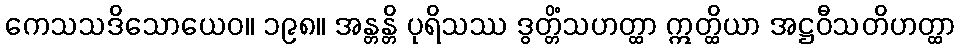
ကေသသဒိသောယေဝ။ ၁၉၈။ အန္တန္တိ ပုရိသဿ ဒွတ္တိံသဟတ္ထာ ဣတ္ထိယာ အဋ္ဌဝီသတိဟတ္ထာ